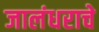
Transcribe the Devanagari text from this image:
जालंधराचे